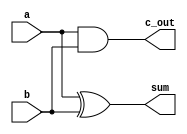
// half_adder.v
// Michael P. Lang
// 18 February 2013
// michael@mplang.net
//
// Half-adder module.

module half_adder(sum, c_out, a, b); 
    input a, b; 
    output sum, c_out; 
    
    xor g1 (sum, a, b);
    and g2 (c_out, a, b);
endmodule